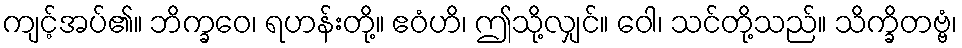
ကျင့်အပ်၏။ ဘိက္ခဝေ၊ ရဟန်းတို့။ ဧဝံဟိ၊ ဤသို့လျှင်။ ဝေါ၊ သင်တို့သည်။ သိက္ခိတဗ္ဗံ၊